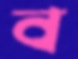
ব